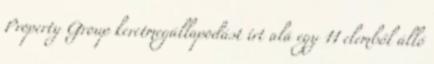
Property Group keretmegállapodást írt alá egy 11 elemből álló